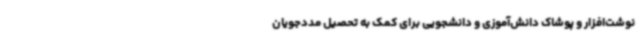
نوشت‌افزار و پوشاک دانش‌آموزی و دانشجویی برای کمک به تحصیل مددجویان